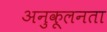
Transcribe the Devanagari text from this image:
अनुकूलनता